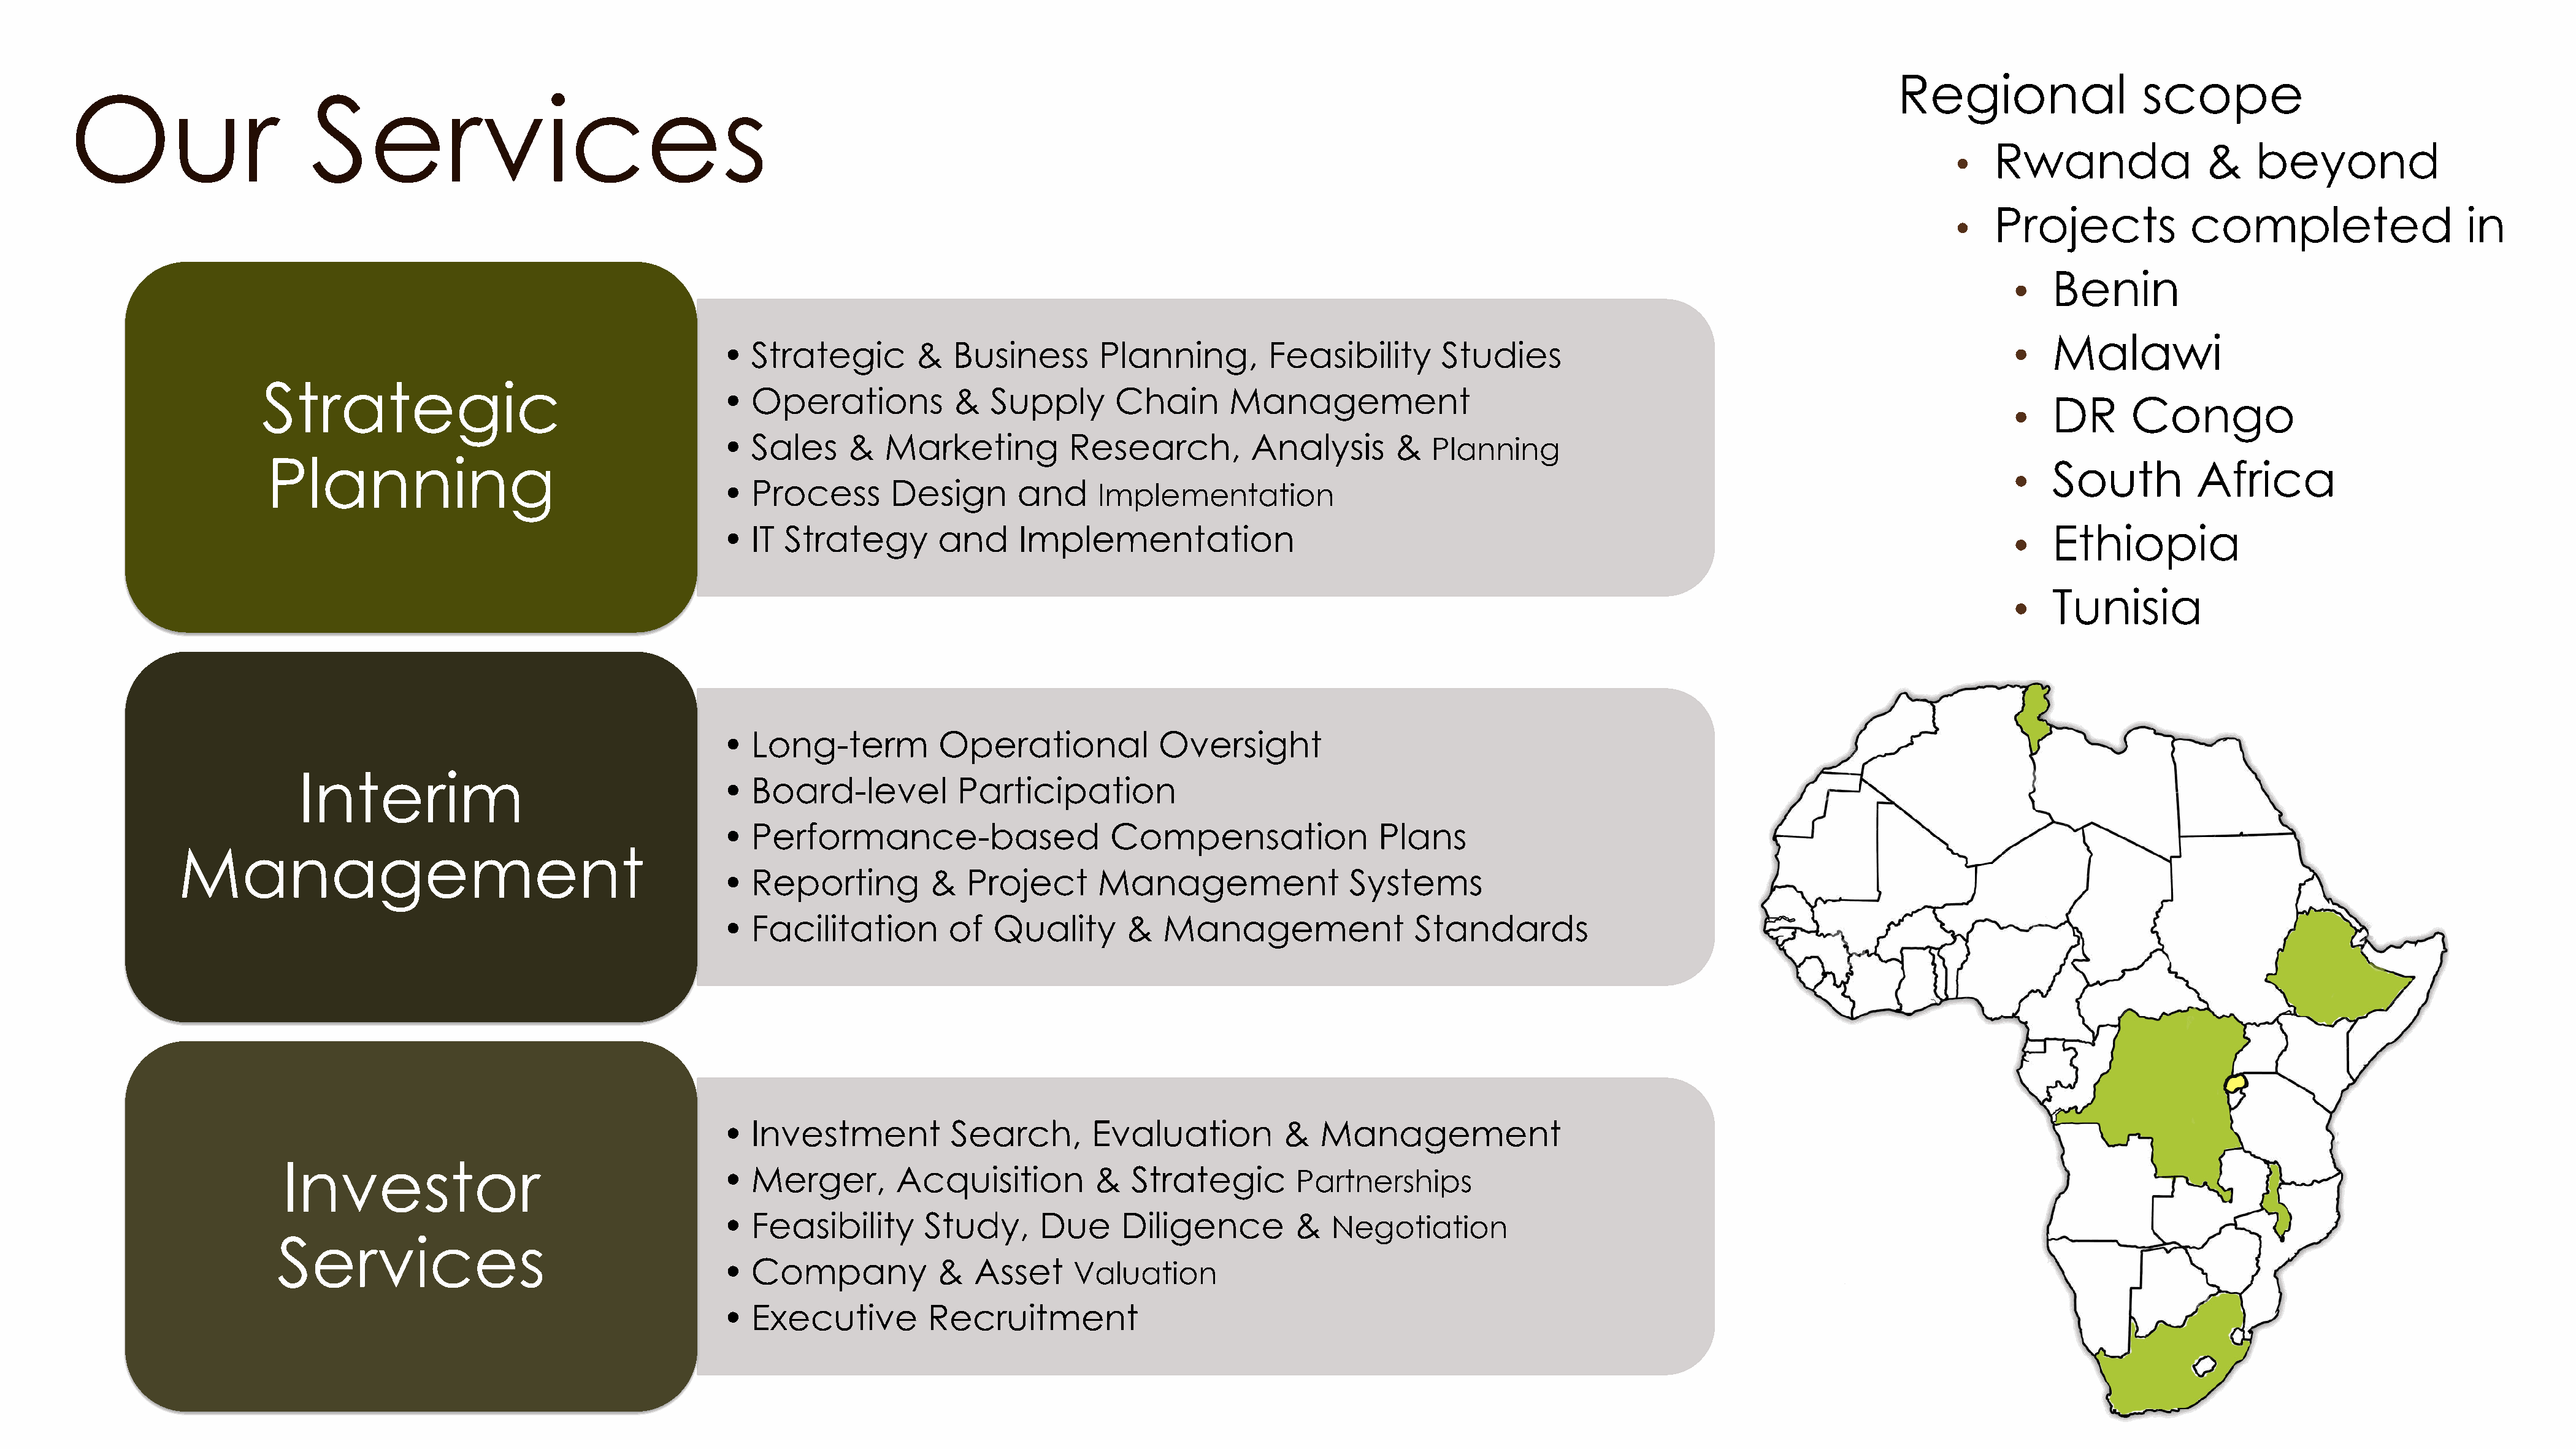
Regional                  scope
 Our                        Services
 Rwanda                 &    beyond
 •
 Projects             completed                     in
 •
 •    Benin
 •    Malawi
 •  Strategic         &   Business        Planning,         Feasibility        Studies
 Strategic
 •  Operations            &   Supply       Chain        Management
 •    DR      Congo
 •  Sales     &   Marketing           Research,           Analysis        &
 Planning
 Planning
 •    South          Africa
 •  Process        Design        and
 Implementation
 •  IT  Strategy        and      Implementation                                                                                             •    Ethiopia
 •    Tunisia
 •  Long-term           Operational             Oversight
 Interim
 •  Board-level           Participation
 •  Performance-based                      Compensation                 Plans
 Management
 •  Reporting          &   Project       Management                  Systems
 •  Facilitation         of   Quality        &   Management                 Standards
 •  Investment            Search,        Evaluation          &   Management
 Investor
 •  Merger,         Acquisition          &   Strategic
 Partnerships
 •  Feasibility        Study,      Due      Diligence          &
 Negotiation
 Services
 •  Company             &   Asset
 Valuation
 •  Executive          Recruitment
 5